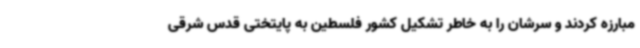
مبارزه کردند و سرشان را به خاطر تشکیل کشور فلسطین به پایتختی قدس شرقی